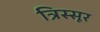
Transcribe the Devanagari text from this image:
त्रिस्सूर